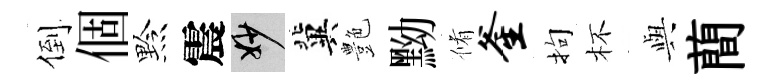
倒個黔震妙冀艶黝脩釜拘杯𫤰蕳